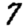
Digit: 7